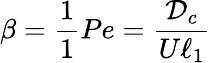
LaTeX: \beta=\frac{1}{1}{Pe}=\frac{{\mathcal{D}}_{c}}{U\ell_{1}}